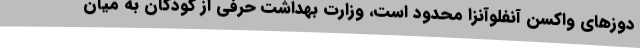
دوزهای واکسن آنفلوآنزا محدود است، وزارت بهداشت حرفی از کودکان به میان